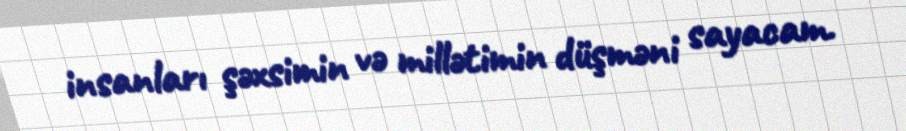
insanları şəxsimin və millətimin düşməni sayacam.